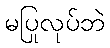
မပြုလုပ်ဘဲ